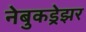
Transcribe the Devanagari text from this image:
नेबुकड्रेझर